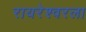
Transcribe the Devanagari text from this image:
रायरेश्वरला